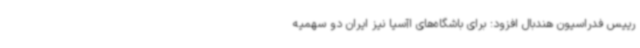
رییس فدراسیون هندبال افزود: برای باشگاه‌های اآسیا نیز ایران دو سهمیه